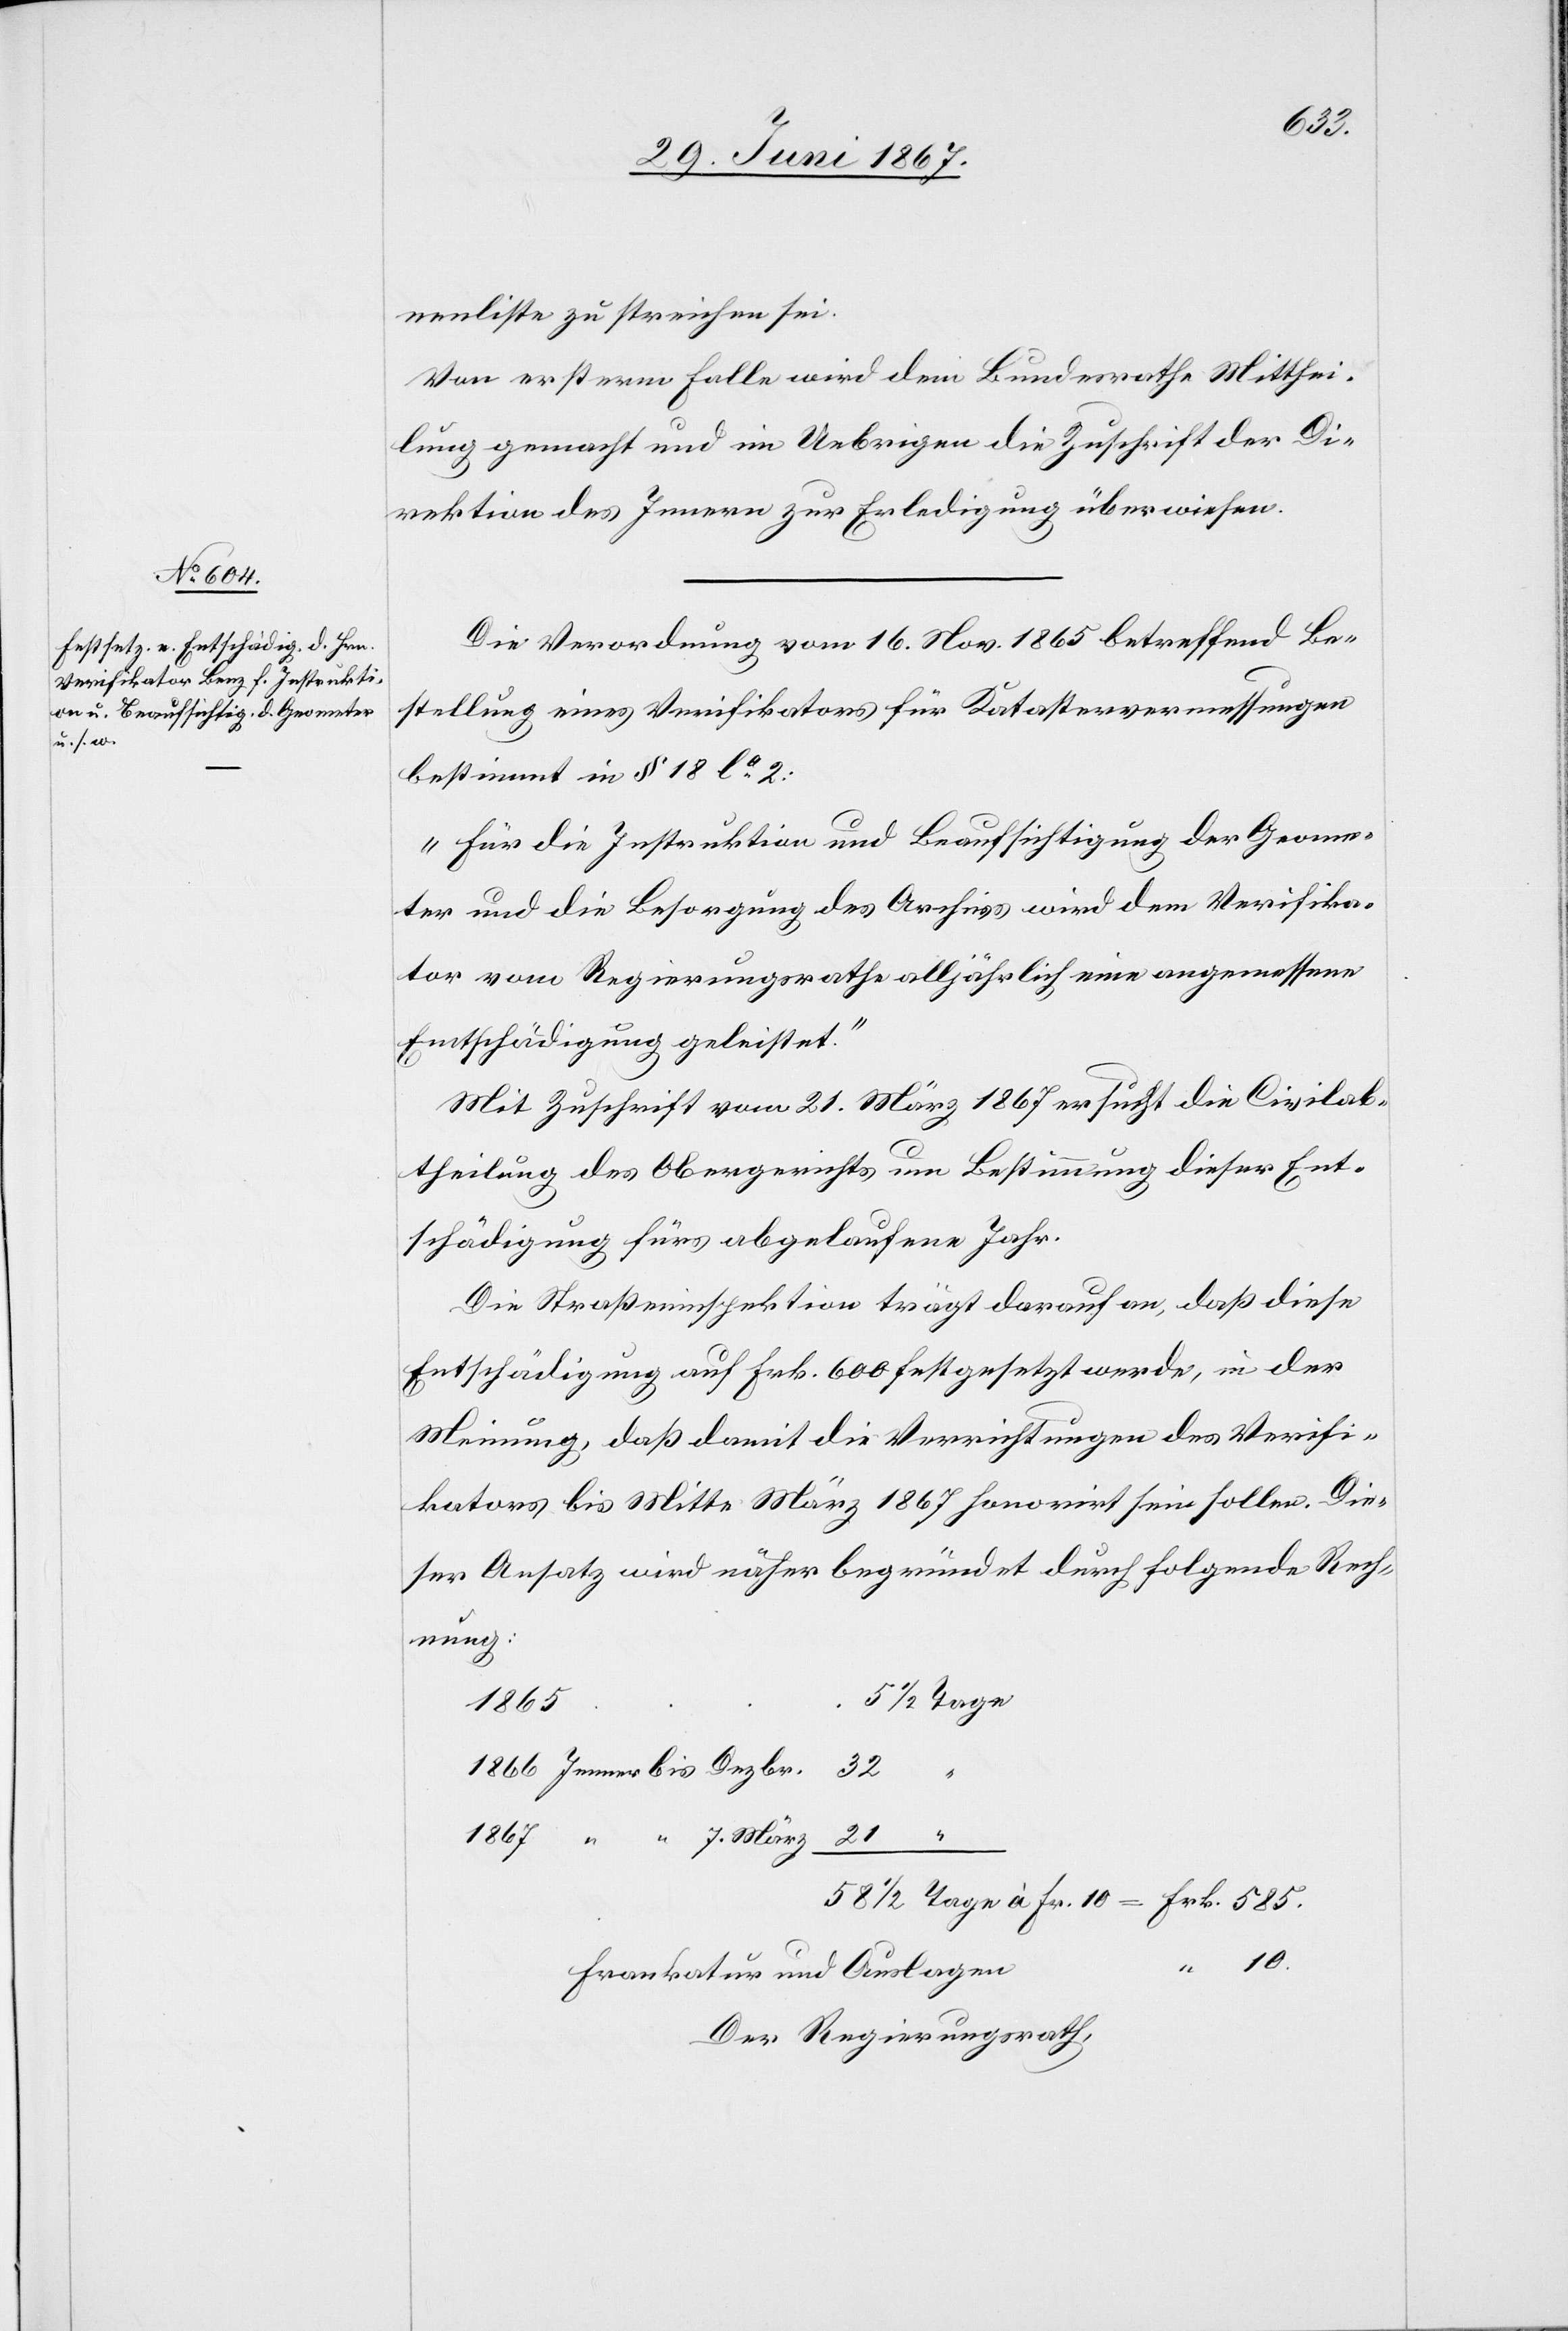
À Fr. 10

585.
nenliste zu streichen sei.
Von ersterm Falle wird dem Bundesrathe Mittehi¬
lung gemacht und im Uebrigen die Zuschrift der Di¬
rektion des Innern zur Erledigung überwiesen.
Die Verordnung vom 16. Nov. 1865 betreffend Be¬
stellung eines Verifikators für Katastervermessungen
bestimmt in § 18 la. 2:
„Für die Instruktion und Beaufsichtigung der Geome¬
ter und die Besorgung des Archivs wird dem Verifika¬
tor vom Regierungsrathe alljährlich eine angemessene
Entschädigung geleistet.“
Mit Zuschrift vom 21. März 1867 ersucht die Civilab¬
theilung des Obergerichts um Bestimmung dieser Ent¬
schädigung fürs abgelaufene Jahr.
Die Straßeninspektion trägt darauf an, daß diese
Entschädigung auf Frk. 600 festgesetzt werden, in der
Meinung, daß damit die Verrichtungen des Verifi¬
kators bis Mitte März 1867 honorirt sein sollen. Die¬
ser Ansatz wird näher begründet durch folgende Rech¬
nung:
1867
Frankatur und Auslagen
Der Regierungsrath,